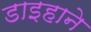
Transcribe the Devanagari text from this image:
डाइहाने